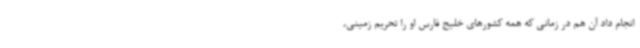
انجام داد آن هم در زمانی که همه کشورهای خلیج فارس او را تحریم زمینی،